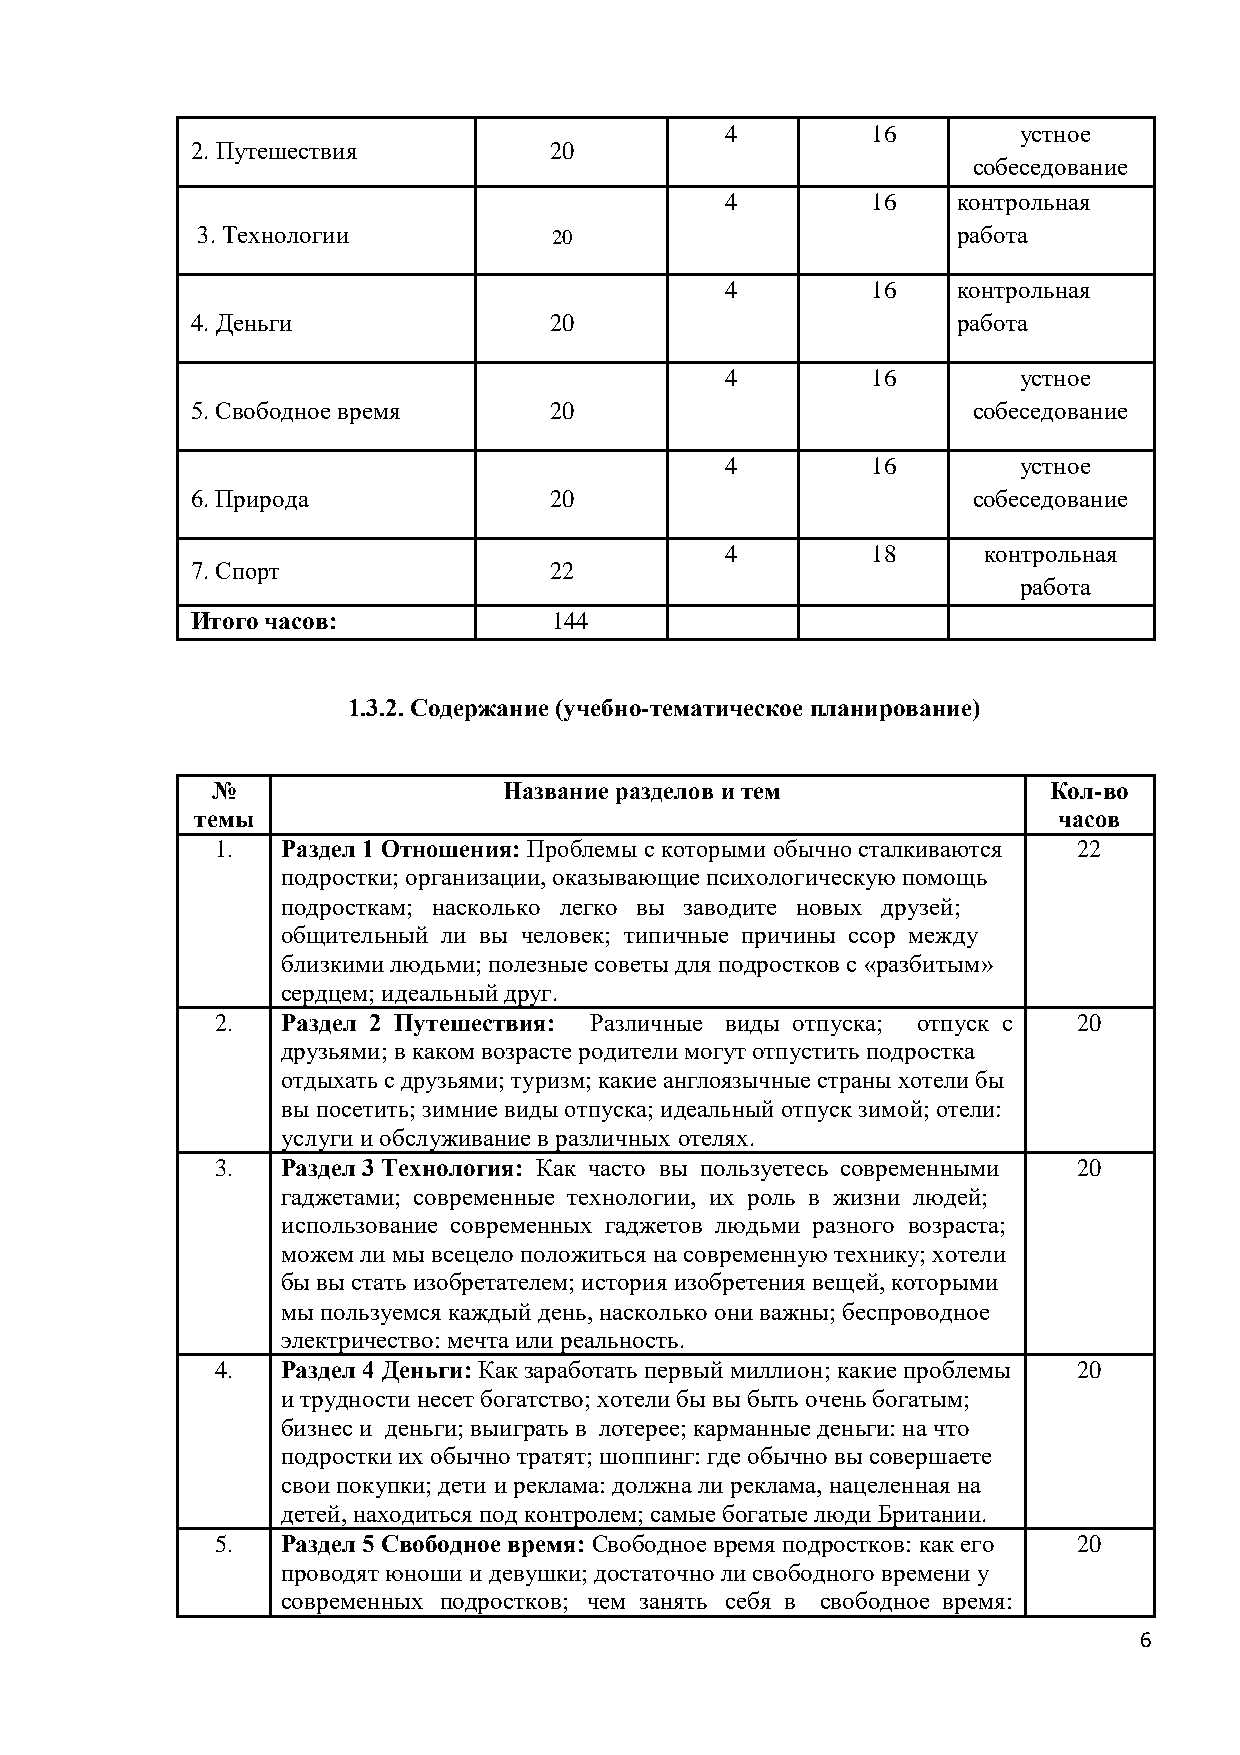
4         16       устное
 2. Путеш ествия        20
 собеседование
 4         16   контро льная
 3. Технологии           20                        работа
 4         16   контрольная
 4. Деньги              20                         работа
 4         16       устное
 5. Свободное время     20                          собеседование
 4         16       устное
 6. Природа             20                          собеседование
 4         18     контрольная
 7. Спорт               22
 работа
 Итого ч асов:           144
 1.3.2. Содержание (учебно-тематическое планирование)
 №                  Название разделов и тем             Кол-во
 темы                                                     часов
 1.   Раздел 1 Отношения: Проблемы с которыми обычно сталкиваются 22
 подростки; организации, оказывающие психологическую помощь
 подросткам; насколько легко вы заводите новых друзей;
 общительный ли вы человек; типичные причины ссор между
 близкими людьми; полезные советы для подростков с «разбитым»
 сердцем; идеальный друг.
 2.   Раздел 2 Путешествия: Различные виды отпуска; отпуск с 20
 друзьями; в каком возрасте родители могут отпустить подростка
 отдыхать с друзьями; туризм; какие англоязычные страны хотели бы
 вы посетить; зимние виды отпуска; идеальный отпуск зимой; отели:
 услуги и обслуживание в различных отелях.
 3.   Раздел 3 Технология: Как часто вы пользуетесь современными 20
 гаджетами; современные технологии, их роль в жизни людей;
 использование современных гаджетов людьми разного возраста;
 можем ли мы всецело положиться на современную технику; хотели
 бы вы стать изобретателем; история изобретения вещей, которыми
 мы пользуемся каждый день, насколько они важны; беспроводное
 электричество: мечта или реальность.
 4.   Раздел 4 Деньги: Как заработать первый миллион; какие проблемы 20
 и трудности несет богатство; хотели бы вы быть очень богатым;
 бизнес и деньги; выиграть в лотерее; карманные деньги: на что
 подростки их обычно тратят; шоппинг: где обычно вы совершаете
 свои покупки; дети и реклама: должна ли реклама, нацеленная на
 детей, находиться под контролем; самые богатые люди Британии.
 5.   Раздел 5 Свободное время: Свободное время подростков: как его 20
 проводят юноши и девушки; достаточно ли свободного времени у
 современных подростков; чем занять себя в свободное время:
 6